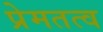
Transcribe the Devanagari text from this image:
प्रेमतत्व